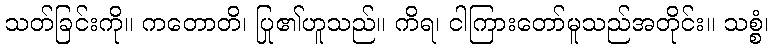
သတ်ခြင်းကို။ ကတောတိ၊ ပြု၏ဟူသည်။ ကိရ၊ ငါကြားတော်မူသည်အတိုင်း။ သစ္စံ၊